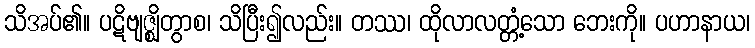
သိအပ်၏။ ပဋိဗျဇ္ဈိတွာစ၊ သိပြီး၍လည်း။ တဿ၊ ထိုလာလတ္တံ့သော ဘေးကို။ ပဟာနာယ၊